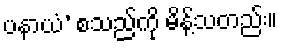
ပနာယံ’ စသည်ကို မိန့်သတည်း။